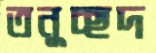
তনুচ্ছদ